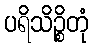
ပရိသိဉ္စိတုံ